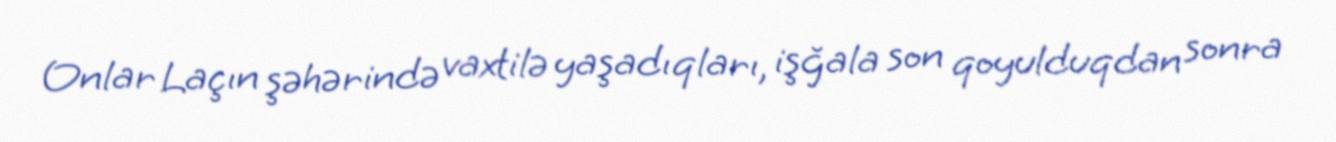
Onlar Laçın şəhərində vaxtilə yaşadıqları, işğala son qoyulduqdan sonra